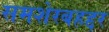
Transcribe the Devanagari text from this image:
समशेरबहद्दर